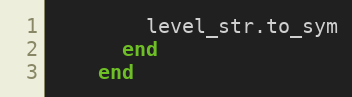
Language: Ruby
        level_str.to_sym
      end
    end